Insane asylums in Bengal annual reports 1876-1887 - 1876-1887
Year: 1876
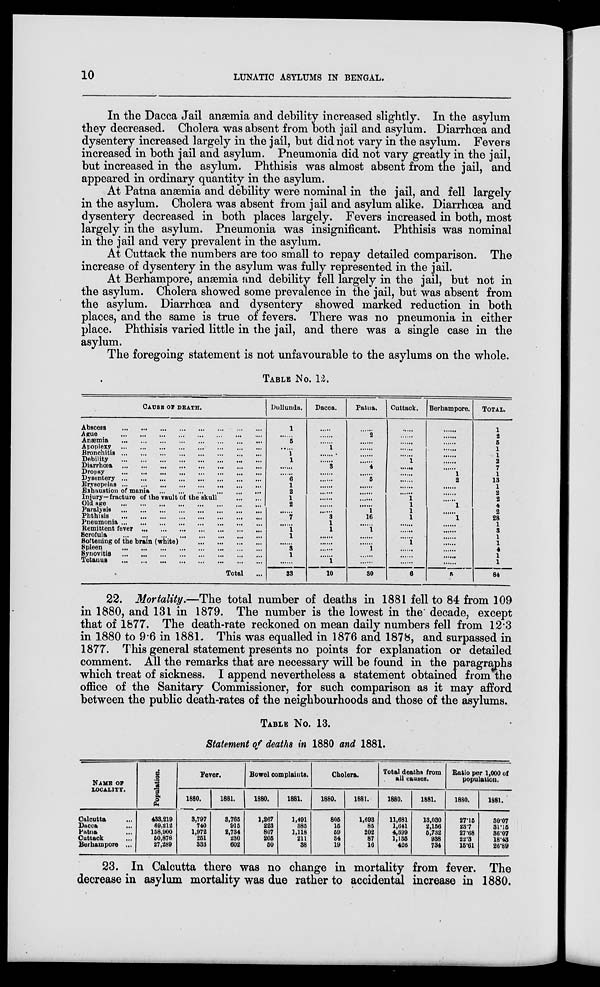
10
LUNATIC ASYLUMS IN BENGAL.
In the Dacca Jail anæmia and debility increased slightly. In the asylum
they decreased. Cholera was absent from both jail and asylum. Diarrhœa and
dysentery increased largely in the jail, but did not vary in the asylum. Fevers
increased in both jail and asylum. Pneumonia did not vary greatly in the jail,
but increased in the asylum. Phthisis was almost absent from the jail, and
appeared in ordinary quantity in the asylum.
At Patna anæmia and debility were nominal in the jail, and fell largely
in the asylum. Cholera was absent from jail and asylum alike. Diarrhœa and
dysentery decreased in both places largely. Fevers increased in both, most
largely in the asylum. Pneumonia was insignificant. Phthisis was nominal
in the jail and very prevalent in the asylum.
At Cuttack the numbers are too small to repay detailed comparison. The
increase of dysentery in the asylum was fully represented in the jail.
At Berhampore, anæmia find debility fell largely in the jail, but not in
the asylum. Cholera showed some prevalence in the jail, but was absent from
the asylum. Diarrhœa and dysentery showed marked reduction in both
places, and the same is true of fevers. There was no pneumonia in either
place. Phthisis varied little in the jail, and there was a single case in the
asylum.
The foregoing statement is not unfavourable to the asylums on the whole.
TABLE No. 12.
CAUSE OF DEATH.
Abscess
...
...
...
...
...
...
...
...
Ague ... ... ... ... ... ... ... ...
Anæmia ... ... ... ... ... ... ... ...
Apoplexy ... ... ... ... ... ... ... ...
Bronchitis
...
...
...
...
...
...
...
...
Debility
...
...
...
...
...
...
...
...
Diarrhœa
...
...
...
...
...
...
...
...
Dropsy ... ... ... ... ... ... ... ...
Dysentery
...
...
...
...
...
...
...
...
Erysepelas ... ... ... ... ... ... ... ...
Exhaustion of mania ... ... ... ... ... ... ... ...
Injury—fracture of the vault of the skull
...
...
Old age ... ... ... ... ... ... ... ...
Paralysis
...
...
...
...
...
...
...
...
Phthisis
...
...
...
...
...
...
...
...
Pneumonia
...
...
...
...
...
...
...
...
Remittent fever ... ... ... ... ... ... ...
Scrofula ... ... ... ... ... ... ... ...
Softening of the brain (white)
...
...
...
...
Spleen ... ... ... ... ... ... ... ...
Synovitis ... ... ... ... ... ... ... ...
Tetanus ... ... ... ... ... ... ... ...
Total ...
Dullunda.
1
......
5
......
1
1
......
......
6
1
2
1
2
......
7
......
1
1
......
3
1
......
33
Dacca.
......
......
......
1
......
......
3
......
......
......
......
......
......
......
3
1
1
......
......
......
......
1
10
Patna.
......
2
......
......
......
......
4
......
5
......
......
......
......
1
16
......
1
......
......
1
......
......
30
Cuttack.
......
......
......
......
1
......
......
......
......
......
1
1
1
1
......
......
......
1
......
......
......
6
Berhampore.
......
......
......
......
......
......
......
1
2
......
......
......
1
......
1
......
......
......
......
......
......
......
5
TOTAL.
1
2
5
1
1
2
7
1
13
1
2
2
4
2
28
1
3
1
1
4
1
1
84
22. Mortality.—The total number of deaths in 1881 fell to 84 from 109
in 1880, and 131 in 1879. The number is the lowest in the decade, except
that of 1877. The death-rate reckoned on mean daily numbers fell from 12.3
in 1880 to 9.6 in 1881. This was equalled in 1876 and 1878, and surpassed in
1877. This general statement presents no points for explanation or detailed
comment. All the remarks that are necessary will be found in the paragraphs
which treat of sickness. I append nevertheless a statement obtained from the
office of the Sanitary Commissioner, for such comparison as it may afford
between the public death-rates of the neighbourhoods and those of the asylums.
TABLE No. 13.
Statement of deaths in 1880 and 1881.
NAME OF
LOCALITY.
Calcutta ...
Dacca ...
Patna ...
Cuttack ...
Berhampore ...
Population.
433,219
69,212
158,900
50,878
27,289
Fever.
1880.
3,797
740
1,972
251
333
1881.
3,765
915
2,734
230
602
Bowel complaints.
1880.
1,267
223
807
205
50
1881.
1,491
385
1,118
211
38
Cholera.
1880.
805
15
59
34
19
1881.
1,693
85
202
87
16
Total deaths from
all causes.
1880.
11,681
1,641
4,399
1,135
426
1881.
13,030
2,156
5,732
938
734
Ratio per 1,000 of
population.
1880.
27.15
23.7
27.68
22.3
15.61
1881.
30.07
31.15
36.07
18.43
26.89
23. In Calcutta there was no change in mortality from fever. The
decrease in asylum mortality was due rather to accidental increase in 1880.